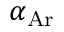
\alpha _ { \mathrm { A r } }